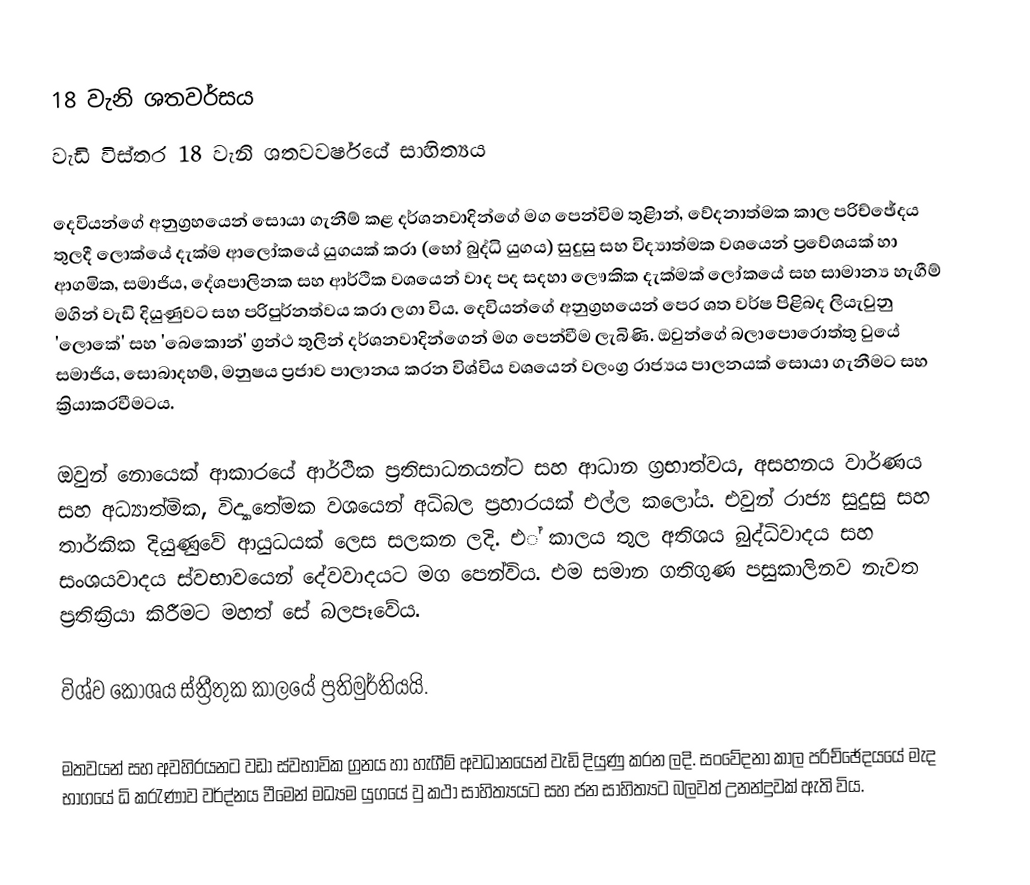
18 වැනි ශතවර්සය
වැඩි විස්තර 18 වැනි ශතවවර්ෂයේ සාහිත්‍යය

	දෙවියන්ගේ අනුග්‍රහයෙන් සොයා ගැනීම් කළ දර්ශනවාදින්ගේ මග පෙන්විම තුළිාන්, වේදනාත්මක කාල පරිච්ඡේදය තුලදී ලොක්යේ දැක්ම ආලෝකයේ ‍යුගයක් කරා (හෝ බුද්ධි යුගය) සුදුසු සහ විද්‍යාත්මක වශයෙන් ප්‍රවේශයක් හා ආගමික, සමාජිය, දේශපාලිනක සහ ආර්ථික වශයෙන් වාද පද සදහා ලෞකික දැක්මක් ලෝකයේ සහ සාමාන්‍ය හැගීම් මගින් වැඩි දියුණුවට සහ පරිපුර්නත්වය කරා ලගා විය. දෙවියන්ගේ අනුග්‍රහයෙන් පෙර ශත වර්ෂ පිළිබද ලියැවුනු 'ලොකේ' ‍සහ 'බෙකොන්' ග්‍රන්ථ තුලින් දර්ශනවාදින්ගෙන් මග පෙන්වීම ලැබිණි. ඔවුන්ගේ බලාපොරොත්තු වුයේ සමාජිය, සොබාදහම්, මනුෂය ප්‍රජාව පාලානය කරන විශ්විය වශයෙන් වලංග්‍ර රාජ්‍යය පාලනයක් සොයා ගැනීමට සහ ක්‍රියාකරවීමටය.

	ඔවුන් නොයෙක් ආකාරයේ ආර්ථික ප්‍රතිසාධනයන්ට සහ ආධාන ග්‍රභාත්වය, අසහනය වාර්ණය සහ අධ්‍යාත්මික, විද්‍යාතේමක වශයෙන් අධිබල ප්‍රහාරයක් එල්ල කලෝය. එවුන් රාජ්‍ය සුදුසු සහ තාර්කික දියුණුවේ ආයුධයක් ලෙස සලකන ලදි. එ් කාලය තුල අතිශය බුද්ධිවාදය සහ සංශයවාදය ස්වභාවයෙන් දේවවාදයට මග පෙන්විය. එම සමාන ගතිගුණ පසුකාලිනව නැවත ප්‍රතික්‍රියා කිරීමට මහත් සේ බලපෑවේය.

	විශ්ව කෝශය ස්ත්‍රීතුක කාලයේ ප්‍රතිමුර්තියයි.

	මතවයන් සහ අවහිරයනට වඩා ස්වභාවික ග්‍රනය හා හැගීම් අවධානයෙන් වැඩි දියුණු කරන ලදි. සංවේදනා කාල පරිච්ඡේදයයේ මැද භාගයේ ධි කරැණාව වර්ද්නය වීමෙන් මධ්‍යම යුගයේ වු කථා  සාහිත්‍යයට සහ ජන සාහිත්‍යට බලවත් උනන්දුවක් ඇති විය.